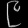
Digit: ၉